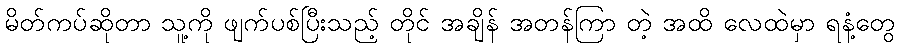
မိတ်ကပ်ဆိုတာ သူ့ကို ဖျက်ပစ်ပြီးသည့် တိုင် အချိန် အတန်ကြာ တဲ့ အထိ လေထဲမှာ ရနံ့တွေ